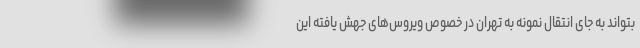
بتواند به جای انتقال نمونه به تهران در خصوص ویروس‌های جهش یافته این